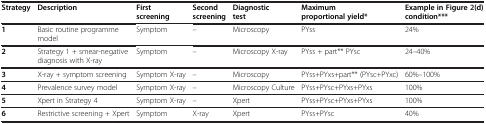
<table><thead><tr><td><b>Strategy</b></td><td><b>Description</b></td><td><b>First screening</b></td><td><b>Second screening</b></td><td><b>Diagnostic test</b></td><td><b>Maximum proportional yield*</b></td><td><b>Example in Figure2(d) condition***</b></td></tr></thead><tbody><tr><td><b>1</b></td><td>Basic routine programme model</td><td>Symptom</td><td>–</td><td>Microscopy</td><td>PYss</td><td>24%</td></tr><tr><td><b>2</b></td><td>Strategy 1 + smear-negative diagnosis with X-ray</td><td>Symptom</td><td>–</td><td>Microscopy X-ray</td><td>PYss + part** PYsc</td><td>24–40%</td></tr><tr><td><b>3</b></td><td>X-ray + symptom screening</td><td>Symptom X-ray</td><td>–</td><td>Microscopy</td><td>PYss+PYxs+part** (PYsc+PYxc)</td><td>60%–100%</td></tr><tr><td><b>4</b></td><td>Prevalence survey model</td><td>Symptom X-ray</td><td>–</td><td>Microscopy Culture</td><td>PYss+PYsc+PYxs+PYxs</td><td>100%</td></tr><tr><td><b>5</b></td><td>Xpert in Strategy 4</td><td>Symptom X-ray</td><td>–</td><td>Xpert</td><td>PYss+PYsc+PYxs+PYxs</td><td>100%</td></tr><tr><td><b>6</b></td><td>Restrictive screening + Xpert</td><td>Symptom</td><td>X-ray</td><td>Xpert</td><td>PYss+PYsc</td><td>40%</td></tr></tbody></table>